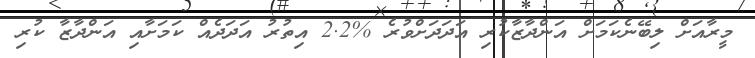
މީރާއަށް ލިބޭނެކަމަށް އަންދާޒާކުރި އަދަދަށްވުރެ %2.2 އިތުރު އަދަދެއް ކަމަށާއި އަންދާޒާ ކުރި